画像に写った文字を読んでください
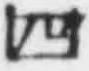
「四」と書いてあります